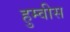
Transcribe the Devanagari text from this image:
हुम्वीस